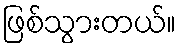
ဖြစ်သွားတယ်။